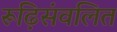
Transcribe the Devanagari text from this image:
रूढ़िसंवलित